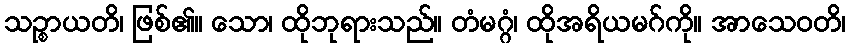
သဉ္စာယတိ၊ ဖြစ်၏။ သော၊ ထိုဘုရားသည်။ တံမဂ္ဂံ၊ ထိုအရိယမဂ်ကို။ အာသေဝတိ၊